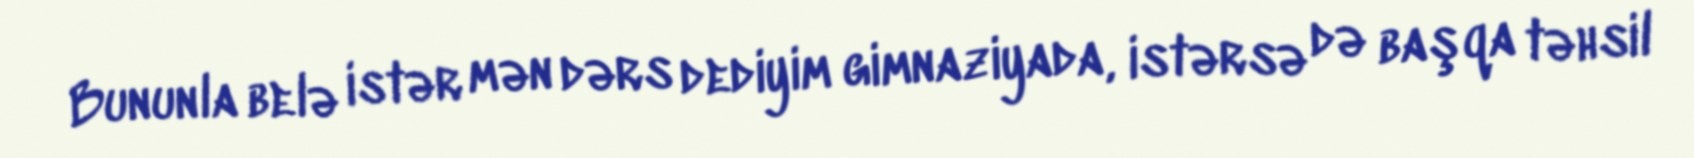
Bununla belə istər mən dərs dediyim gimnaziyada, istərsə də başqa təhsil